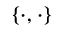
\{ \cdot , \cdot \}